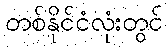
တစ်နိုင်ငံလုံးတွင်